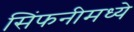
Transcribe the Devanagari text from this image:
सिंफनीमध्ये